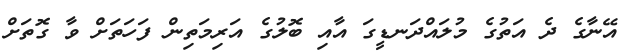
އޭނާގެ ދެ އަތުގެ މުލައްދަނޑީގަ އާއި ބޮލުގެ އަރިމަތިން ފަހަތަށް ވާ ގޮތަށް